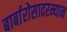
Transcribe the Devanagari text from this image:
बार्बारोसादरम्यान